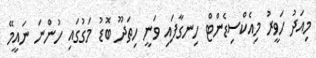
މިއަދު ހަވީރު މިއެކްސިޑެންޓް ހިނގާފައި ވަނީ ހިތަދޫ ބޮޑު މަގުގައި ހުންނަ ނައީމޭ